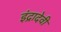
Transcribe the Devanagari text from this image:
इंद्रादेवी